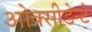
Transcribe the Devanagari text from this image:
ओक्सीडेन्टे